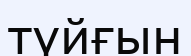
түйғын